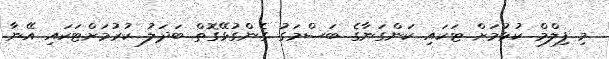
މި ފިލްމް ކުޅުމަށް ޓަކައި ކަންގަނާގެ ބަސްމަގު ގެންގުޅޭގޮތް ބަދަލު ކުރުމަށްޓަކައި އޭނާ